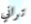
تراني